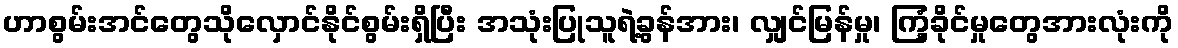
ဟာစွမ်းအင်တွေသိုလှောင်နိုင်စွမ်းရှိပြီး အသုံးပြုသူရဲ့ခွန်အား၊ လျှင်မြန်မှု၊ ကြံ့ခိုင်မှုတွေအားလုံးကို